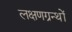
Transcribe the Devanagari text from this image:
लक्षणग्रन्थों